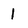
Character: 1